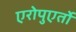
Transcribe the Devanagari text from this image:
एरोपुएर्तो